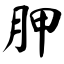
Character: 胛